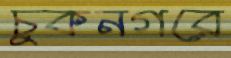
চুকনগরে